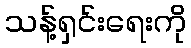
သန့်ရှင်းရေးကို